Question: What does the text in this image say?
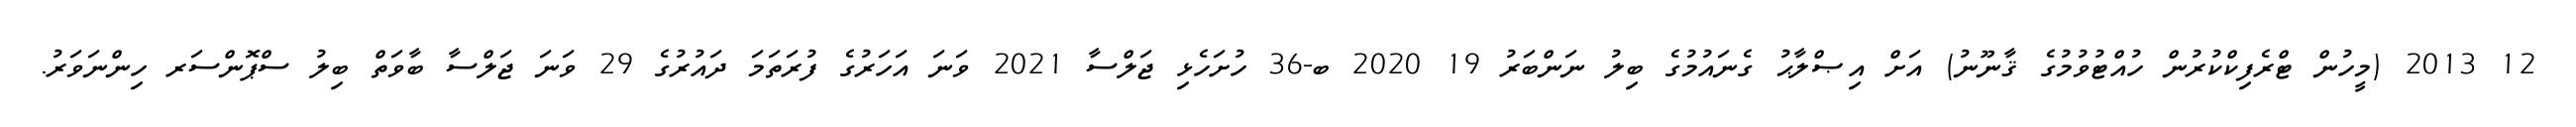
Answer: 12 2013 (މީހުން ޓްރެފިކްކުރުން ހުއްޓުވުމުގެ ޤާނޫނު) އަށް އިޞްލާޙު ގެނައުމުގެ ބިލު ނަންބަރު 19 2020 ބ-36 ހުށަހެޅި ޖަލްސާ 2021 ވަނަ އަހަރުގެ ފުރަތަމަ ދައުރުގެ 29 ވަނަ ޖަލްސާ ބާވަތް ބިލު ސްޕޮންސަރ ހިންނަވަރު.